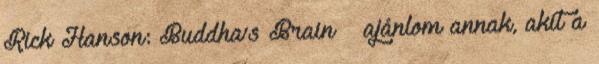
Rick Hanson: Buddha’s Brain – ajánlom annak, akit a